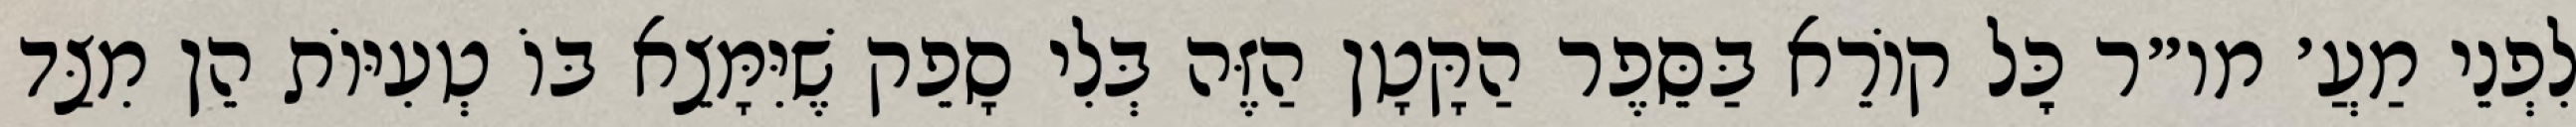
לִפְנֵי מַעֲ׳ מו״ר כׇּל קוֹרֵא בַּסֵּפֶר הַקָּטָן הַזֶּה בְּלִי סָפֵק שֶׁיִּמָּצֵא בּוֹ טְעִיּוֹת הֵן מִצַּד